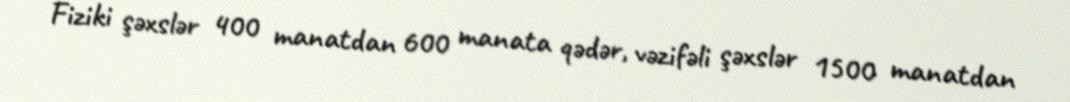
Fiziki şəxslər 400 manatdan 600 manata qədər, vəzifəli şəxslər 1500 manatdan